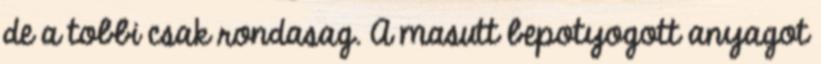
de a tobbi csak rondasag. A masutt bepotyogott anyagot